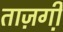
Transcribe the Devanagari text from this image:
ताज़गी़